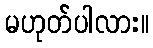
မဟုတ်ပါလား။